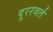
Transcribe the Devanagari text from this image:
दूररवर्त